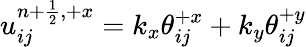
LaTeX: \begin{array}{r}{u_{ij}^{{n+\frac{1}{2}},+x}=k_{x}\mathcal{\theta}_{ij}^{+x}+k_{y}\mathcal{\theta}_{ij}^{+y}}\end{array}